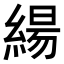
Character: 𮈬